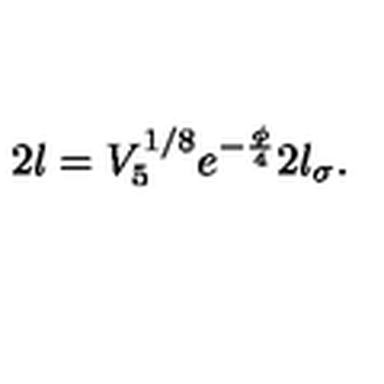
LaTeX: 2 l = V _ { 5 } ^ { 1 / 8 } e ^ { - \frac { \phi } { 4 } } 2 l _ { \sigma } .